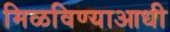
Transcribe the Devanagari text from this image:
मिळविण्याआधी